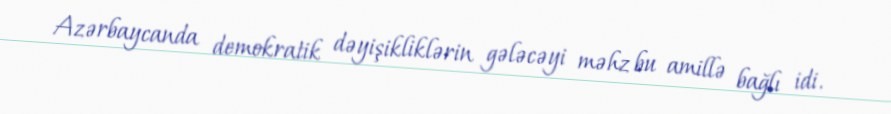
Azərbaycanda demokratik dəyişikliklərin gələcəyi məhz bu amillə bağlı idi.